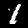
Digit: 1